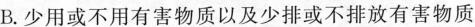
B.少用或不用有害物质以及少排或不排放有害物质